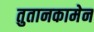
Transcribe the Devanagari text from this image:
तुतानकामेन